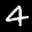
Label: 4